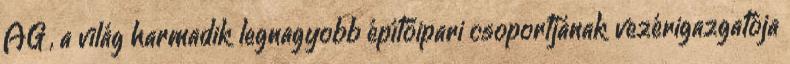
AG , a világ harmadik legnagyobb építőipari csoportjának vezérigazgatója